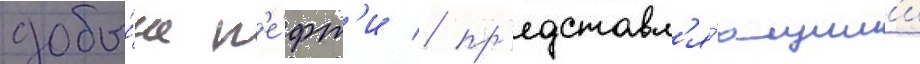
добы́че н'е́фт'и / пр'едставл'я́ющим'и